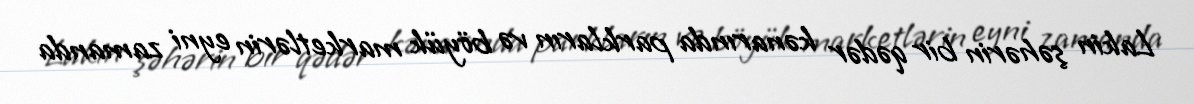
Lakin şəhərin bir qədər kənarında parkların və böyük marketlərin eyni zamanda